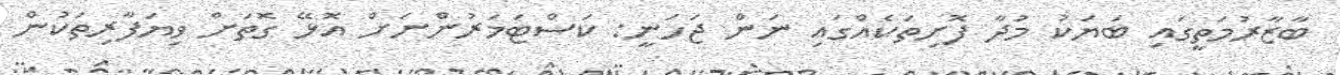
ބާޒާރުމަތީގައި ބަޔަކު މުދާ ފޮށިތަކެއްގައި ނަން ޖަހަނީ: ކަސްޓަމަރުންނަށް އޮޅޭ ގޮތަށް ވިޔަފާރިތަކުން